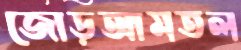
জোড়আমতল